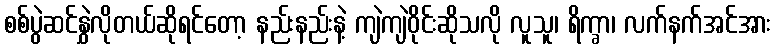
စစ်ပွဲဆင်နွှဲလိုတယ်ဆိုရင်တော့ နည်းနည်းနဲ့ ကျဲကျဲဝိုင်းဆိုသလို လူသူ၊ ရိက္ခာ၊ လက်နက်အင်အား